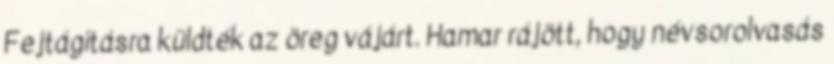
Fejtágításra küldték az öreg vájárt. Hamar rájött, hogy névsorolvasás